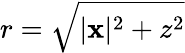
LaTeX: r=\sqrt{|\textbf{x}|^{2}+z^{2}}